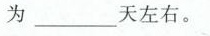
为___天左右。